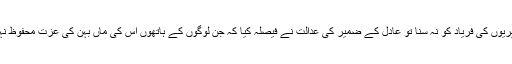
دنیا کی کسی عدالت اور کسی ادارے نے کشمیریوں کی فریاد کو نہ سنا تو عادل کے ضمیر کی عدالت نے فیصلہ کیا کہ جن لوگوں کے ہاتھوں اس کی ماں بہن کی عزت محفوظ نہیں ایسے لوگوں کو پھر زندہ نہیں چھوڑوں گا۔